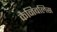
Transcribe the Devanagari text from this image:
कैनिबलिस